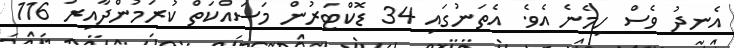
އެނދު ވެސް ހިމެނެ އެވެ. އެތަނުގަައި 34 ޑޮކްޓަރުން މަސައްކަތް ކުރަމުންދާއިރު 116